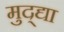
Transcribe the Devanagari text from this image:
मुद्द्या